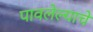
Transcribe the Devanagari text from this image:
पावलेल्याचे